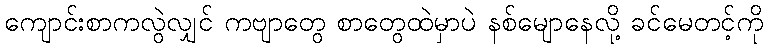
ကျောင်းစာကလွဲလျှင် ကဗျာတွေ စာတွေထဲမှာပဲ နစ်မျောနေလို့ ခင်မေတင့်ကို